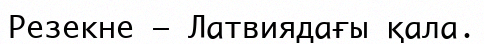
Резекне — Латвиядағы қала.